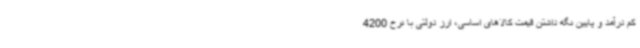
کم درآمد و پایین نگه داشتن قیمت کالاهای اساسی، ارز دولتی با نرخ 4200